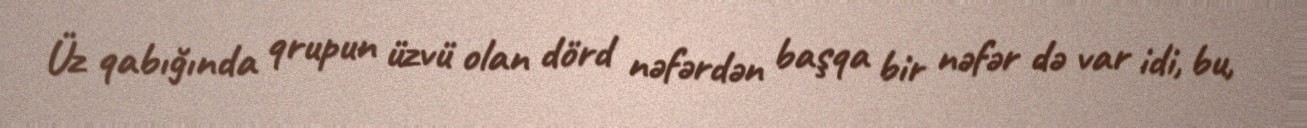
Üz qabığında qrupun üzvü olan dörd nəfərdən başqa bir nəfər də var idi, bu,